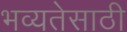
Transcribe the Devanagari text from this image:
भव्यतेसाठी